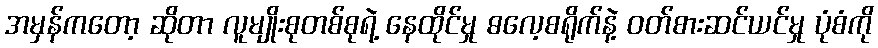
အမှန်ကတော့ ဆိုတာ လူမျိုးစုတစ်စုရဲ့ နေထိုင်မှု ဓလေ့စရိုက်နဲ့ ဝတ်စားဆင်ယင်မှု ပုံစံကို